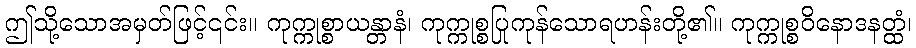
ဤသို့သောအမှတ်ဖြင့်၎င်း။ ကုက္ကုစ္စာယန္တာနံ၊ ကုက္ကုစ္စပြုကုန်သောရဟန်းတို့၏။ ကုက္ကုစ္စဝိနောဒနတ္ထံ၊